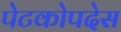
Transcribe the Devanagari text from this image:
पेटकोपदेस